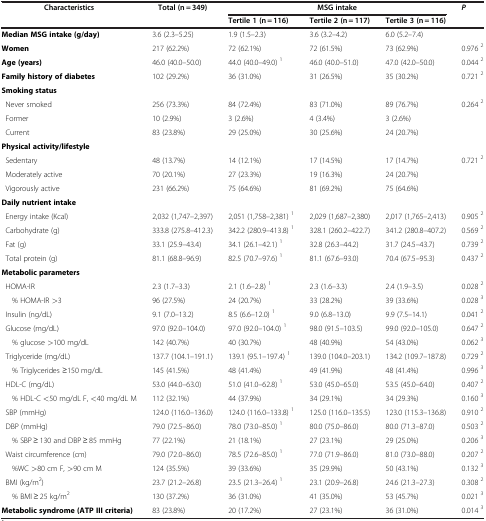
<table><thead><tr><td rowspan="2"><b>Characteristics</b></td><td rowspan="2"><b> Total (n = 349)</b></td><td colspan="3"><b>MSG intake</b></td><td rowspan="2"><b><i>P</i></b></td></tr><tr><td><b>Tertile 1 (n = 116)</b></td><td><b>Tertile 2 (n = 117)</b></td><td><b>Tertile 3 (n = 116)</b></td></tr></thead><tbody><tr><td><b>Median MSG intake (g/day)</b></td><td>3.6 (2.3–5.25)</td><td>1.9 (1.5–2.3)</td><td>3.6 (3.2–4.2)</td><td>6.0 (5.2–7.4)</td><td> </td></tr><tr><td><b>Women</b></td><td>217 (62.2%)</td><td>72 (62.1%)</td><td>72 (61.5%)</td><td>73 (62.9%)</td><td>0.976 <sup>2</sup></td></tr><tr><td><b>Age (years)</b></td><td>46.0 (40.0–50.0)</td><td>44.0 (40.0–49.0) <sup>1</sup></td><td>46.0 (40.0–51.0)</td><td>47.0 (42.0–50.0)</td><td>0.044 <sup>2</sup></td></tr><tr><td><b>Family history of diabetes</b></td><td>102 (29.2%)</td><td>36 (31.0%)</td><td>31 (26.5%)</td><td>35 (30.2%)</td><td>0.721 <sup>2</sup></td></tr><tr><td><b>Smoking status</b></td><td> </td><td> </td><td> </td><td> </td><td> </td></tr><tr><td> Never smoked</td><td>256 (73.3%)</td><td>84 (72.4%)</td><td>83 (71.0%)</td><td>89 (76.7%)</td><td>0.264 <sup>2</sup></td></tr><tr><td> Former</td><td>10 (2.9%)</td><td>3 (2.6%)</td><td>4 (3.4%)</td><td>3 (2.6%)</td><td> </td></tr><tr><td> Current</td><td>83 (23.8%)</td><td>29 (25.0%)</td><td>30 (25.6%)</td><td>24 (20.7%)</td><td> </td></tr><tr><td><b>Physical activity/lifestyle</b></td><td> </td><td> </td><td> </td><td> </td><td> </td></tr><tr><td> Sedentary</td><td>48 (13.7%)</td><td>14 (12.1%)</td><td>17 (14.5%)</td><td>17 (14.7%)</td><td>0.721 <sup>2</sup></td></tr><tr><td> Moderately active</td><td>70 (20.1%)</td><td>27 (23.3%)</td><td>19 (16.3%)</td><td>24 (20.7%)</td><td> </td></tr><tr><td> Vigorously active</td><td>231 (66.2%)</td><td>75 (64.6%)</td><td>81 (69.2%)</td><td>75 (64.6%)</td><td> </td></tr><tr><td><b>Daily nutrient intake</b></td><td> </td><td> </td><td> </td><td> </td><td> </td></tr><tr><td> Energy intake (Kcal)</td><td>2,032 (1,747–2,397)</td><td>2,051 (1,758–2,381) <sup>1</sup></td><td>2,029 (1,687–2,380)</td><td>2,017 (1,765–2,413)</td><td>0.905 <sup>2</sup></td></tr><tr><td> Carbohydrate (g)</td><td>333.8 (275.8–412.3)</td><td>342.2 (280.9–413.8) <sup>1</sup></td><td>328.1 (260.2–422.7)</td><td>341.2 (280.8–407.2)</td><td>0.569 <sup>2</sup></td></tr><tr><td> Fat (g)</td><td>33.1 (25.9–43.4)</td><td>34.1 (26.1–42.1) <sup>1</sup></td><td>32.8 (26.3–44.2)</td><td>31.7 (24.5–43.7)</td><td>0.739 <sup>2</sup></td></tr><tr><td> Total protein (g)</td><td>81.1 (68.8–96.9)</td><td>82.5 (70.7–97.6) <sup>1</sup></td><td>81.1 (67.6–93.0)</td><td>70.4 (67.5–95.3)</td><td>0.437 <sup>2</sup></td></tr><tr><td><b>Metabolic parameters</b></td><td> </td><td> </td><td> </td><td> </td><td> </td></tr><tr><td> HOMA-IR</td><td>2.3 (1.7–3.3)</td><td>2.1 (1.6–2.8) <sup>1</sup></td><td>2.3 (1.6–3.3)</td><td>2.4 (1.9–3.5)</td><td>0.028 <sup>2</sup></td></tr><tr><td>% HOMA-IR &gt;3</td><td>96 (27.5%)</td><td>24 (20.7%)</td><td>33 (28.2%)</td><td>39 (33.6%)</td><td>0.028 <sup>3</sup></td></tr><tr><td> Insulin (ng/dL)</td><td>9.1 (7.0–13.2)</td><td>8.5 (6.6–12.0) <sup>1</sup></td><td>9.0 (6.8–13.0)</td><td>9.9 (7.5–14.1)</td><td>0.041 <sup>2</sup></td></tr><tr><td> Glucose (mg/dL)</td><td>97.0 (92.0–104.0)</td><td>97.0 (92.0–104.0) <sup>1</sup></td><td>98.0 (91.5–103.5)</td><td>99.0 (92.0–105.0)</td><td>0.647 <sup>2</sup></td></tr><tr><td>% glucose &gt;100 mg/dL</td><td>142 (40.7%)</td><td>40 (30.7%)</td><td>48 (40.9%)</td><td>54 (43.0%)</td><td>0.062 <sup>3</sup></td></tr><tr><td> Triglyceride (mg/dL)</td><td>137.7 (104.1–191.1)</td><td>139.1 (95.1–197.4) <sup>1</sup></td><td>139.0 (104.0–203.1)</td><td>134.2 (109.7–187.8)</td><td>0.729 <sup>2</sup></td></tr><tr><td>% Triglycerides ≥150 mg/dL</td><td>145 (41.5%)</td><td>48 (41.4%)</td><td>49 (41.9%)</td><td>48 (41.4%)</td><td>0.996 <sup>3</sup></td></tr><tr><td> HDL-C (mg/dL)</td><td>53.0 (44.0–63.0)</td><td>51.0 (41.0–62.8) <sup>1</sup></td><td>53.0 (45.0–65.0)</td><td>53.5 (45.0–64.0)</td><td>0.407 <sup>2</sup></td></tr><tr><td>% HDL-C &lt;50 mg/dL F, &lt;40 mg/dL M</td><td>112 (32.1%)</td><td>44 (37.9%)</td><td>34 (29.1%)</td><td>34 (29.3%)</td><td>0.160 <sup>3</sup></td></tr><tr><td> SBP (mmHg)</td><td>124.0 (116.0–136.0)</td><td>124.0 (116.0–133.8) <sup>1</sup></td><td>125.0 (116.0–135.5)</td><td>123.0 (115.3–136.8)</td><td>0.910 <sup>2</sup></td></tr><tr><td> DBP (mmHg)</td><td>79.0 (72.5–86.0)</td><td>78.0 (73.0–85.0) <sup>1</sup></td><td>80.0 (75.0–86.0)</td><td>80.0 (71.3–87.0)</td><td>0.503 <sup>2</sup></td></tr><tr><td>% SBP ≥ 130 and DBP ≥ 85 mmHg</td><td>77 (22.1%)</td><td>21 (18.1%)</td><td>27 (23.1%)</td><td>29 (25.0%)</td><td>0.206 <sup>3</sup></td></tr><tr><td> Waist circumference (cm)</td><td>79.0 (72.0–86.0)</td><td>78.5 (72.6–85.0) <sup>1</sup></td><td>77.0 (71.9–86.0)</td><td>81.0 (73.0–88.0)</td><td>0.207 <sup>2</sup></td></tr><tr><td>%WC &gt;80 cm F, &gt;90 cm M</td><td>124 (35.5%)</td><td>39 (33.6%)</td><td>35 (29.9%)</td><td>50 (43.1%)</td><td>0.132 <sup>3</sup></td></tr><tr><td> BMI (kg/m<sup>2</sup>)</td><td>23.7 (21.2–26.8)</td><td>23.5 (21.3–26.4) <sup>1</sup></td><td>23.1 (20.9–26.8)</td><td>24.6 (21.3–27.3)</td><td>0.308 <sup>2</sup></td></tr><tr><td>% BMI ≥ 25 kg/m<sup>2</sup></td><td>130 (37.2%)</td><td>36 (31.0%)</td><td>41 (35.0%)</td><td>53 (45.7%)</td><td>0.021 <sup>3</sup></td></tr><tr><td><b>Metabolic syndrome (ATP III criteria)</b></td><td>83 (23.8%)</td><td>20 (17.2%)</td><td>27 (23.1%)</td><td>36 (31.0%)</td><td>0.014 <sup>3</sup></td></tr></tbody></table>